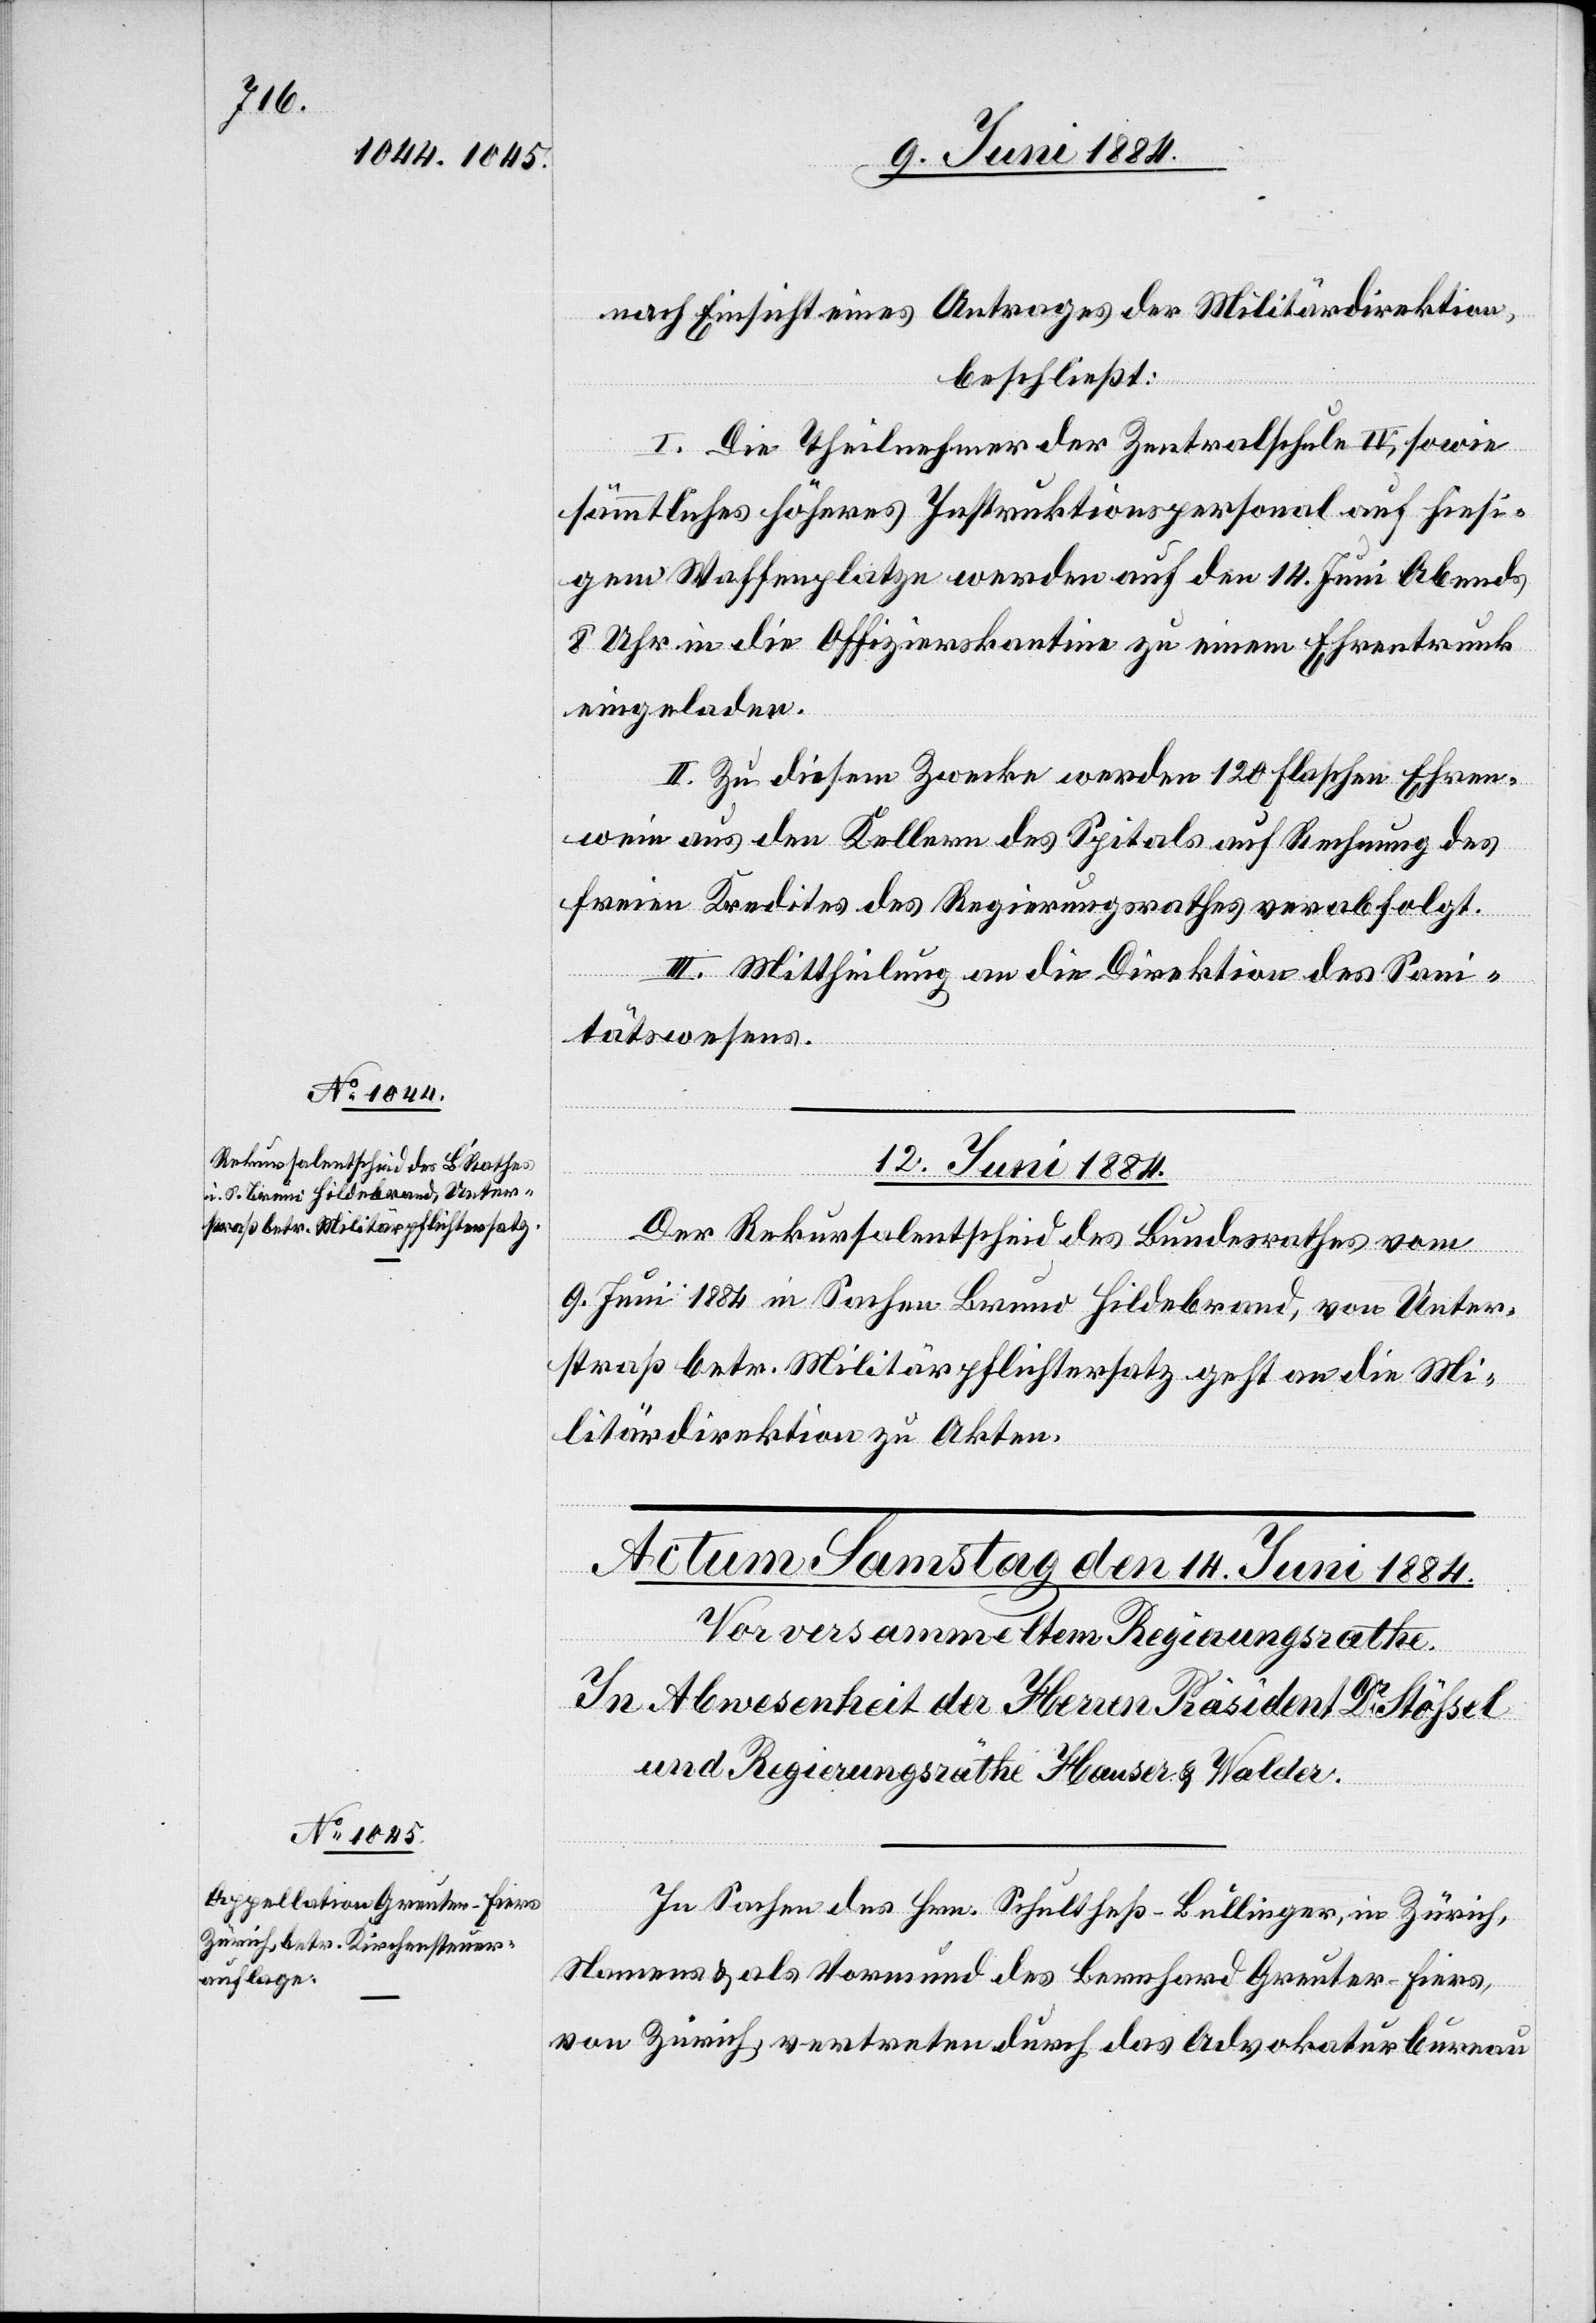
nach Einsicht eines Antrages der Militärdirektion,
beschließt:
I. Die Theilnehmer der Zentralschule IV, sowie
sämmtliches höheres Instruktionspersonal auf hiesi¬
gem Waffenplatze werden auf den 14. Juni Abends
8 Uhr in die Offizierskantine zu einem Ehrentrunk
eingeladen.
II. Zu diesem Zwecke werden 120 Flaschen Ehren¬
wein aus den Kellern des Spitals auf Rechnung des
freien Kredites des Regierungsrathes verabfolgt.
III. Mittheilung an die Direktion des Sani¬
tätswesens.
12. Juni 1884.
Der Rekursalentscheid des Bundesrathes vom
9. Juni 1884 in Sachen Bruno Hildebrand, von Unter¬
straß betr. Militärpflichtersatz geht an die Mi¬
litärdirektion zu Akten.
In Sachen des Hrn. Schultheß-Bullinger, in Zürich,
Namens & als Vormund des Bernhard Greuter-Fiers,
von Zürich, vertreten durch das Advokaturbureau